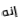
إنه